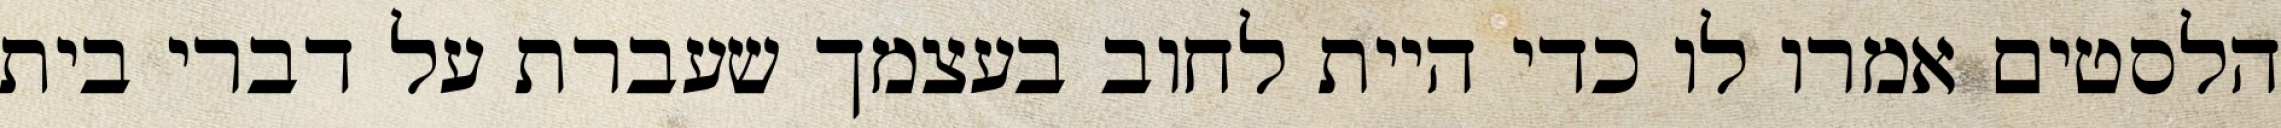
הלסטים אמרו לו כדי היית לחוב בעצמך שעברת על דברי בית